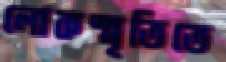
লোকস্মৃতিতে